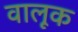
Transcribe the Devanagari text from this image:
वालूक